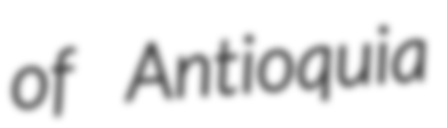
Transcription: of Antioquia